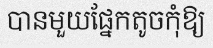
បានមួយផ្នែកតូចកុំឱ្យ